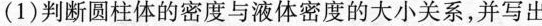
(1)判断圆柱体的密度与液体密度的大小关系，并写出